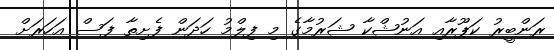
ރަންބީރު ކަޕޫރާއި އަނުޝްކާ ޝަރުމާގެ މި ފިލްމު ހަދަން ފެށިތާ ފަސް އަހަރަށް